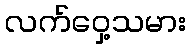
လက်ဝှေ့သမား